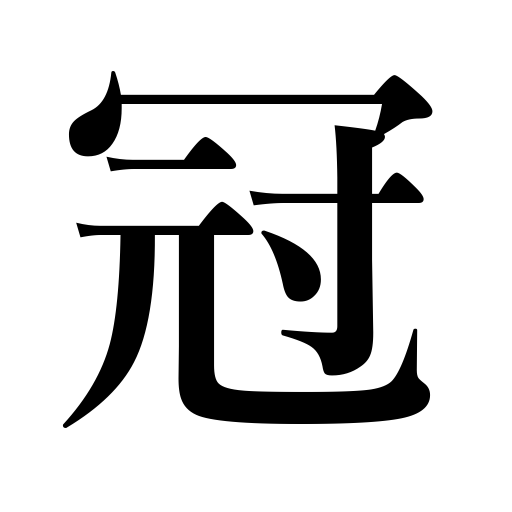
Meanings: first,peerless,crown,diadem,a top character radical,best